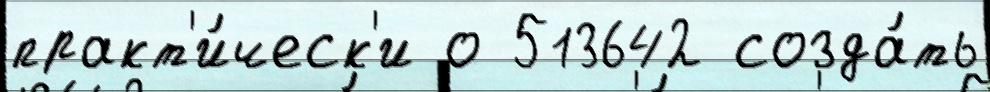
практ'и́ческ'и о 513642 созда́ть